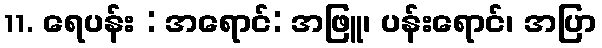
11. ရေပန်း : အရောင်: အဖြူ၊ ပန်းရောင်၊ အပြာ